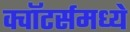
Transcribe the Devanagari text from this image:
क्वॉटर्समध्ये